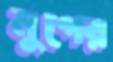
মুগের